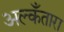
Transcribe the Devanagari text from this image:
अल्कँतारा